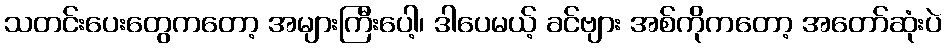
သတင်းပေးတွေကတော့ အများကြီးပေါ့၊ ဒါပေမယ့် ခင်ဗျား အစ်ကိုကတော့ အတော်ဆုံးပဲ